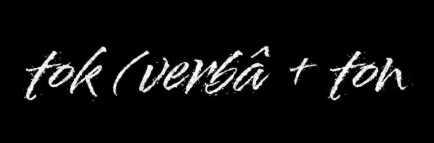
tok (verbâ + ton